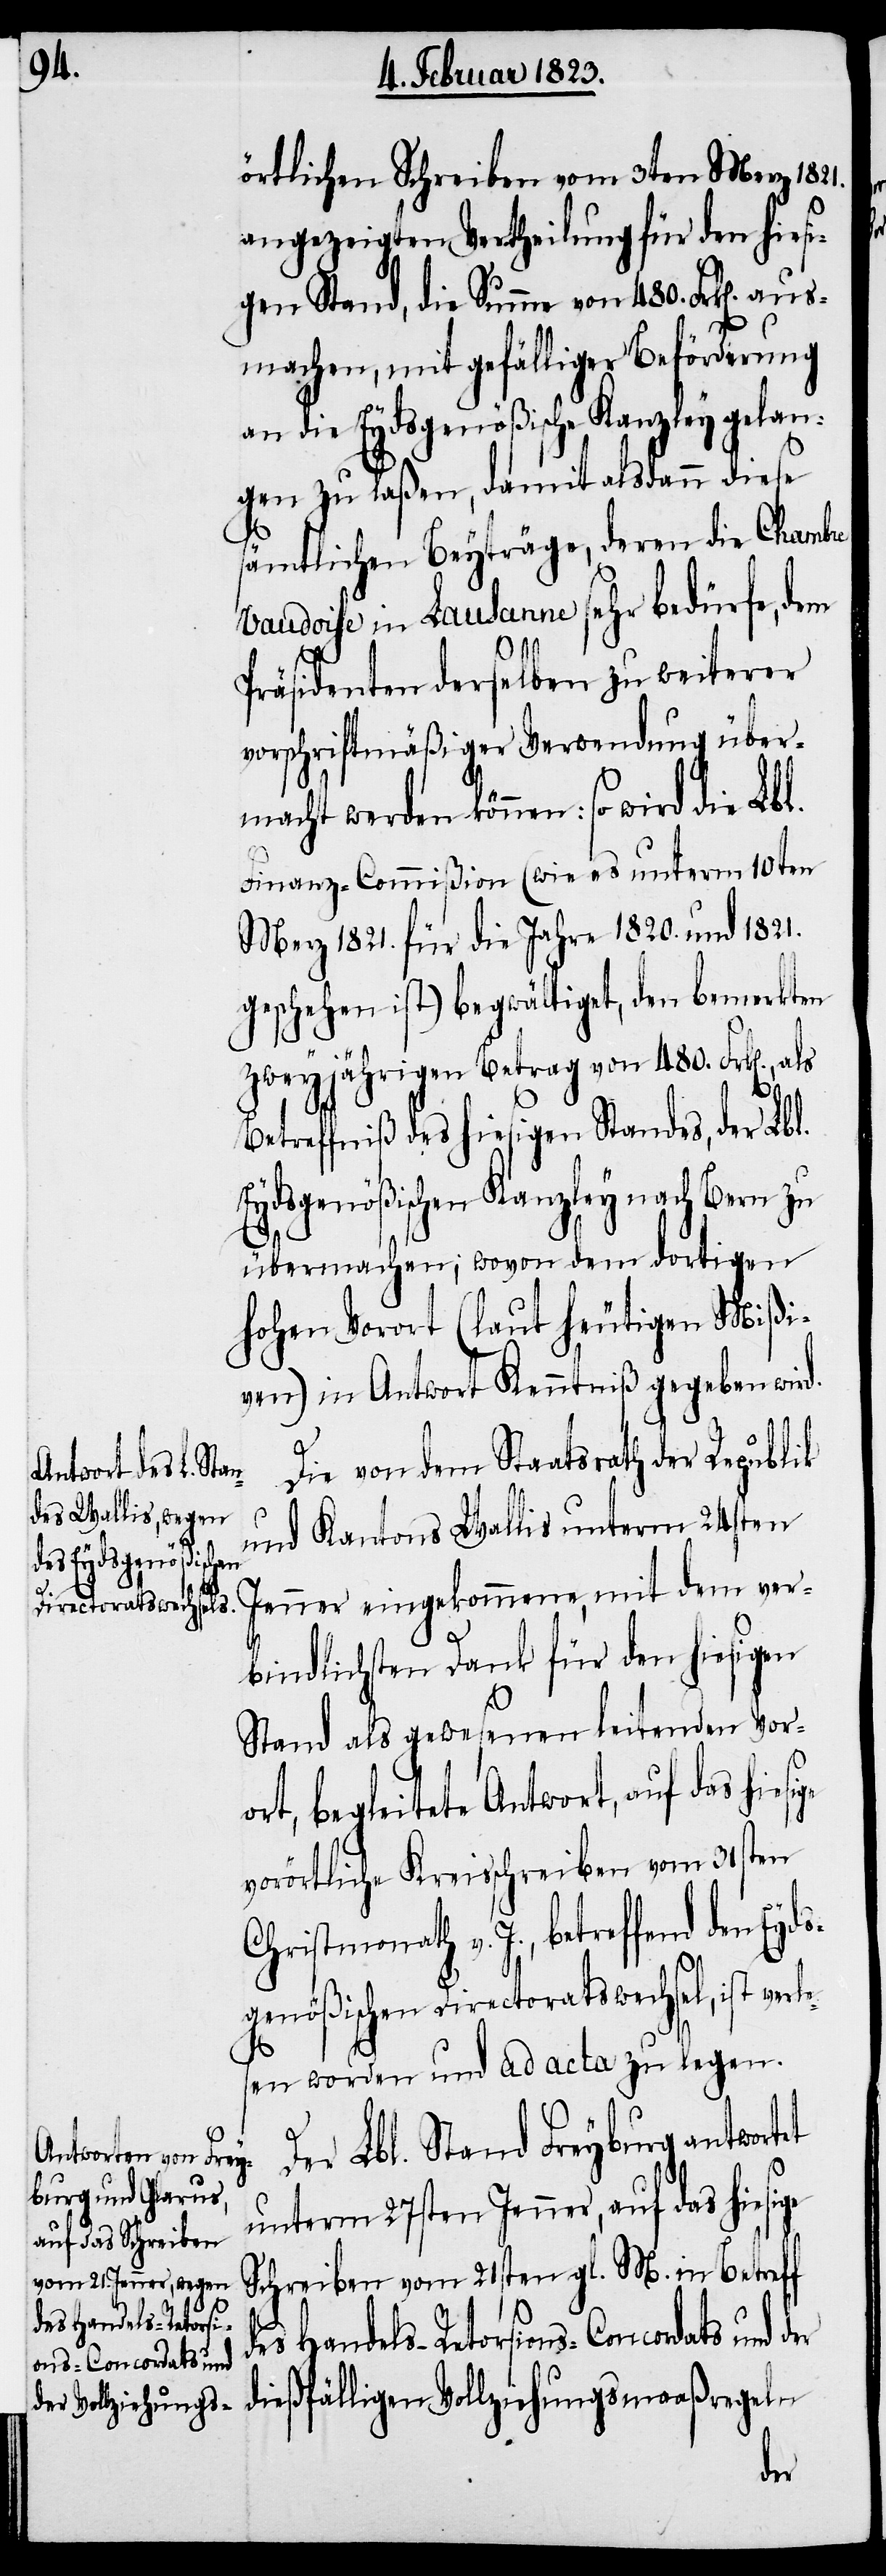
des Handels-Retors¬
ions-Concordats und

örtlichen Schreiben vom 3ten Merz 1821.
angezeigten Vertheilung für den hiesi¬
gen Stand, die Summe von 480. Frk[en]. au¬
smachen, mit gefälliger Beförderung
an die Eydsgenößische Kanzley gelan¬
gen zu laßen, damit alsdann diese
sämtlichen Beyträge, deren die Chambre
vaudoise in Lausanne sehr bedürfe, dem
Präsidenten derselben zu weiterer
vorschriftmäßiger Verwendung über¬
macht werden können: so wird die Lbl.
Finanz-Commißion (wie es unterm 10ten
Merz 1821. für die Jahre 1820. und 1821.
geschehen ist) begwältiget, den bemerkten
zweyjährigen Betrag von 480. Frk[en].,
Betreffniß des hiesigen Standes, der Lbl.
Eydsgenößschen Kanzley nach Bern zu
übermachen; wovon dem dortigen
hohen Vorort (laut heutigen Mißi¬
ven) in Antwort Kenntniß gegeben wird.
Die von dem Staatsrath der Republik
und Kantons Wallis unterm 24sten
Jenner eingekommene, mit dem ver¬
ge
bindlichsten Dank für den hiesigen
Stand als gewesenen leitenden Vor¬
ort, begleitete Antwort, auf das hiesi¬
vorörtliche Kreisschreiben vom 31sten
Christmonath v. J., betreffend den Eyd¬
sgenößischen Directoratswechsel, ist ver¬
sen worden und ad acta zu legen.
Der Lbl. Stand Freyburg antwortet
unterm 27sten Jenner, auf das hiesige
Schreiben vom 21sten gl. M. in Betreff
dießfälligen Vollziehungsmaaßregeln
der